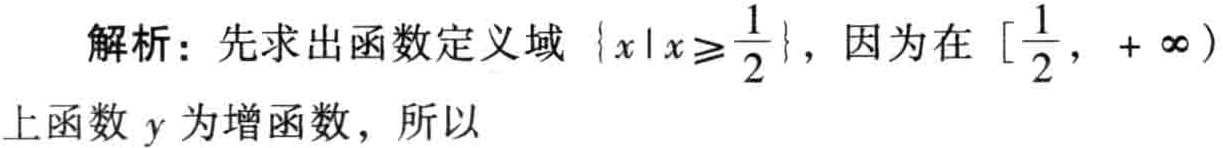
解析：先求出函数定义域\(\{x|x\geq\frac{1}{2}\}\)，因为在\([\frac{1}{2}, +\infty)\)上函数\(y\)为增函数，所以